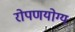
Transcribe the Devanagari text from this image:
रोपणयोग्य